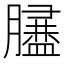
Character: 𦡿